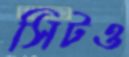
সিটও